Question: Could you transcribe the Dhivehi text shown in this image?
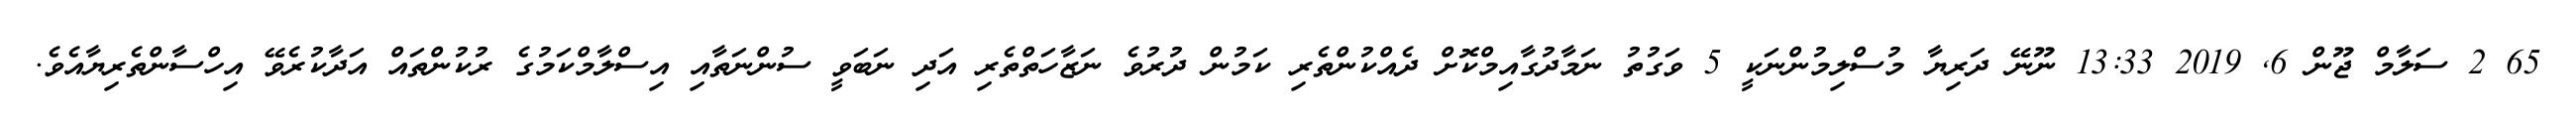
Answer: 65 2 ސަލާމް ޖޫން 6, 2019 13:33 ނޫނޭ ދަރިޔާ މުސްލިމުންނަކީ 5 ވަގުތު ނަމާދުގާއިމްކޮށް ދެއްކުންތެރި ކަމުން ދުރުވެ ނަޒާހަތްތެރި އަދި ނަބަވީ ސުންނަތާއި އިސްލާމްކަމުގެ ރުކުންތައް އަދާކުރެވޭ އިހްސާންތެރިޔާއެވެ.